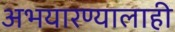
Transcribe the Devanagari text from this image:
अभयारण्यालाही